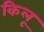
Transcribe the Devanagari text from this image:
किलू